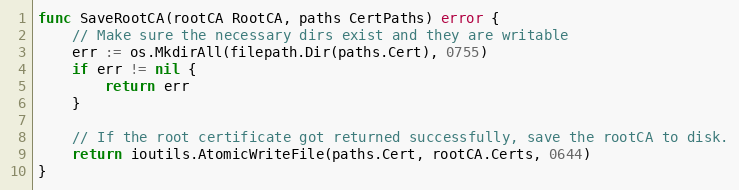
Language: Go
func SaveRootCA(rootCA RootCA, paths CertPaths) error {
	// Make sure the necessary dirs exist and they are writable
	err := os.MkdirAll(filepath.Dir(paths.Cert), 0755)
	if err != nil {
		return err
	}

	// If the root certificate got returned successfully, save the rootCA to disk.
	return ioutils.AtomicWriteFile(paths.Cert, rootCA.Certs, 0644)
}